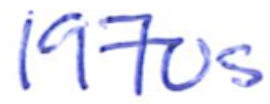
Text: 1970s
Cross-out: clean
Writing tool: ballpoint